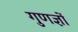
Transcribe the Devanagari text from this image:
गुणज्ञों